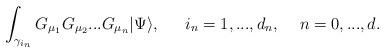
LaTeX: \begin{align*}\int_{\gamma_{i_n}} G_{\mu_1}G_{\mu_2}...G_{\mu_n} |\Psi\rangle,\,\,\,\,\,\,\,\,\,i_n=1,...,d_n,\,\,\,\,\,\,\, n=0,...,d.\end{align*}